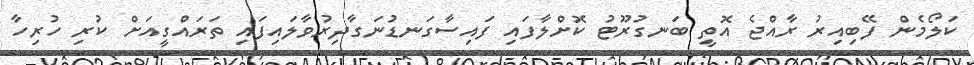
ކަލޯމެން ފޭބިއިރު ރާއްޖެ އޮތީ ބަނގުރޫޓު ކޮށްލާފައި ފައިސާގަނޑުނަގާދިރުވާލައިފައި ތަރައްގީއަށް ކުރި ހުރިހާ